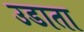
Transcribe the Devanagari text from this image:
उडाता